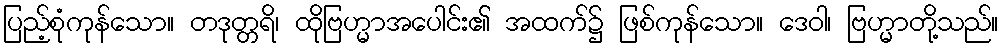
ပြည့်စုံကုန်သော။ တဒုတ္တရိ၊ ထိုဗြဟ္မာအပေါင်း၏ အထက်၌ ဖြစ်ကုန်သော။ ဒေဝါ၊ ဗြဟ္မာတို့သည်။